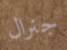
جنرال